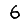
Digit: 6